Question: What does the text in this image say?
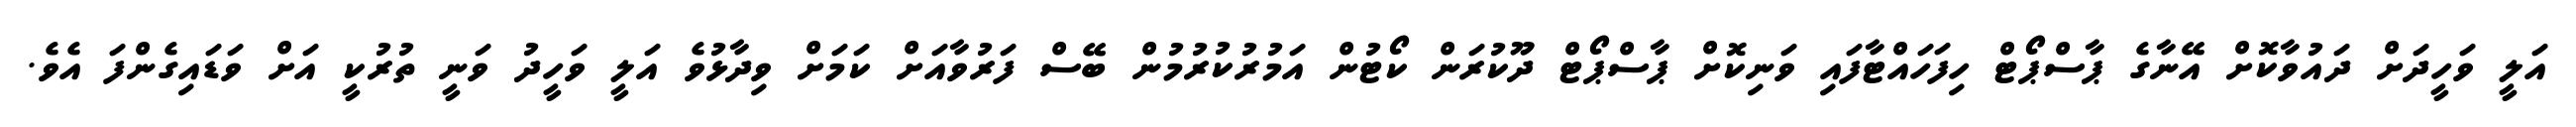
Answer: އަލީ ވަހީދަށް ދައުވާކޮށް އޭނާގެ ޕާސްޕޯޓް ހިފަހައްޓާފައި ވަނިކޮށް ޕާސްޕޯޓް ދޫކުރަން ކޯޓުން އަމުރުކުރުމުން ބޭސް ފަރުވާއަށް ކަމަށް ވިދާޅުވެ އަލީ ވަހީދު ވަނީ ތުރުކީ އަށް ވަޑައިގެންފަ އެވެ.